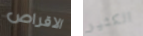
الاقراص الكثير